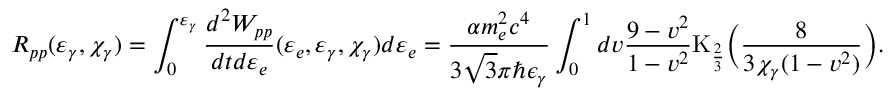
R _ { p p } ( \varepsilon _ { \gamma } , \chi _ { \gamma } ) = \int _ { 0 } ^ { \varepsilon _ { \gamma } } { \frac { d ^ { 2 } W _ { p p } } { d t d \varepsilon _ { e } } ( \varepsilon _ { e } , \varepsilon _ { \gamma } , \chi _ { \gamma } ) d \varepsilon _ { e } } = \frac { \alpha m _ { e } ^ { 2 } c ^ { 4 } } { 3 \sqrt { 3 } \pi \hbar \epsilon _ { \gamma } } \int _ { 0 } ^ { 1 } { d v \frac { 9 - v ^ { 2 } } { 1 - v ^ { 2 } } \mathrm { K } _ { \frac { 2 } { 3 } } \biggl ( \frac { 8 } { 3 \chi _ { \gamma } ( 1 - v ^ { 2 } ) } \biggr ) } .